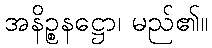
အနိဉ္စနဋ္ဌော၊ မည်၏။